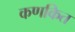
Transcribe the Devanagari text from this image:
कणकित